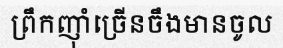
ព្រឹកញ៉ាំច្រើនចឹងមានចូល